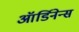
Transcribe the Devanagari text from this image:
ऑर्डिनेन्स